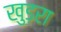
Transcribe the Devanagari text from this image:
खुड़रा